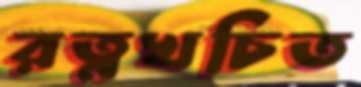
রত্নখচিত